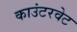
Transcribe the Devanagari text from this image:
काउंटरवेट